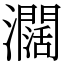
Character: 𤄃